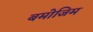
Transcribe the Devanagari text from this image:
बमोजिम